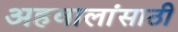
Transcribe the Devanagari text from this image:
अहवालांसाठी